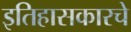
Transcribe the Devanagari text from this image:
इतिहासकारचे